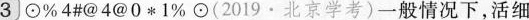
（3)⊙%4#@4@0*1%⊙(2019\cdot北京学考)一般情况下，活细